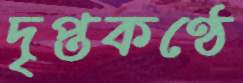
দৃপ্তকণ্ঠে